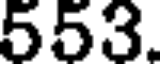
553.